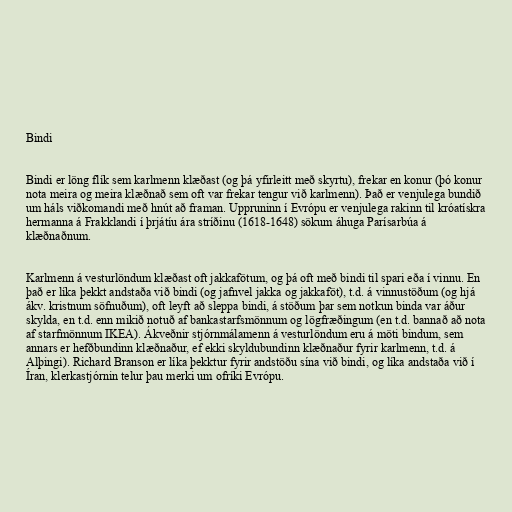
Bindi

Bindi er löng flík sem karlmenn klæðast (og þá yfirleitt með skyrtu), frekar en konur (þó konur
nota meira og meira klæðnað sem oft var frekar tengur við karlmenn). Það er venjulega bundið
um háls viðkomandi með hnút að framan. Uppruninn í Evrópu er venjulega rakinn til króatískra
hermanna á Frakklandi í þrjátíu ára stríðinu (1618-1648) sökum áhuga Parísarbúa á
klæðnaðnum.

Karlmenn á vesturlöndum klæðast oft jakkafötum, og þá oft með bindi til spari eða í vinnu. En
það er líka þekkt andstaða við bindi (og jafnvel jakka og jakkaföt), t.d. á vinnustöðum (og hjá
ákv. kristnum söfnuðum), oft leyft að sleppa bindi, á stöðum þar sem notkun binda var áður
skylda, en t.d. enn mikið notuð af bankastarfsmönnum og lögfræðingum (en t.d. bannað að nota
af starfmönnum IKEA). Ákveðnir stjórnmálamenn á vesturlöndum eru á möti bindum, sem
annars er hefðbundinn klæðnaður, ef ekki skyldubundinn klæðnaður fyrir karlmenn, t.d. á
Alþingi). Richard Branson er líka þekktur fyrir andstöðu sína við bindi, og líka andstaða við í
Íran, klerkastjórnin telur þau merki um ofríki Evrópu.